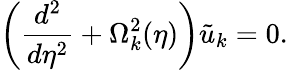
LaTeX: \left(\frac{d^{2}}{d\eta^{2}}+\Omega_{k}^{2}(\eta)\right)\tilde{u}_{k}=0.